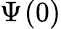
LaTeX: \Psi_{}{(0)}